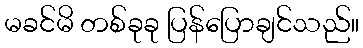
မခင်မိ တစ်ခုခု ပြန်ပြောချင်သည်။